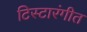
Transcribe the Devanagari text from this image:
टिस्टारंगीत